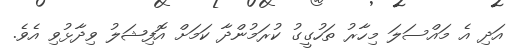
އަދި އެ މައްސަލަ މިހާރު ތަހުގީގު ކުރަމުންދާ ކަމަށް އޮފިޝަލު ވިދާޅުވި އެވެ.